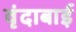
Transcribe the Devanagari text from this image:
वृंदाबाई